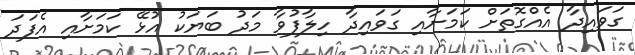
ގަވައިދާ އެއްގޮތަށް ކަމަށާއި ގަވައިދާ ހިލާފުވާ މަދު ބަޔަކު އުޅޭ ކަމަށާއި އެފަދަ